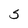
Character: 5